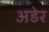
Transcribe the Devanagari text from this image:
अडेर